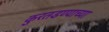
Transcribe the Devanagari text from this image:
कुरतडण्याच्या